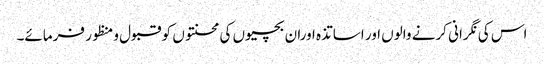
اس کی نگرانی کرنے والوں اور اساتذہ اوران بچیوں کی محنتوں کو قبول ومنظور فرمائے۔